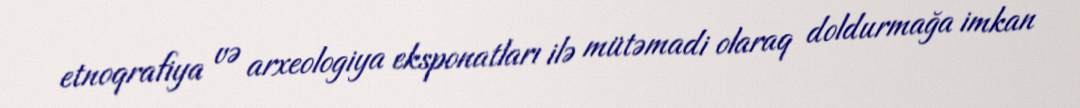
etnoqrafiya və arxeologiya eksponatları ilə mütəmadi olaraq doldurmağa imkan